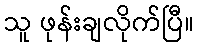
သူ ဖုန်းချလိုက်ပြီ။